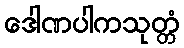
ဒေါဏပါကသုတ္တံ